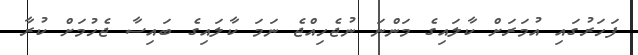
ފަހަރުގައި އުމަރަށް ކާލައިގެ މަންނަ ނުޖެހިއްޖެ ނަމަ ކާލައިގެ ބައިސާ ޖެހުމަށް ކުރާ